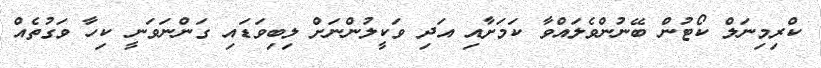
ކްރިމިނަލް ކޯޓުން ބޭނުންވެލައްވާ ކަމަށާއި އަދި ވަކީލުންނަށް ލިބިވަޑައި ގަންނަވަނީ ކިހާ ވަގުތެއް